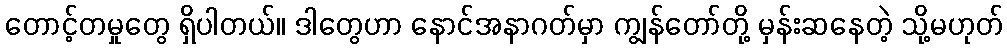
တောင့်တမှုတွေ ရှိပါတယ်။ ဒါတွေဟာ နောင်အနာဂတ်မှာ ကျွန်တော်တို့ မှန်းဆနေတဲ့ သို့မဟုတ်